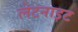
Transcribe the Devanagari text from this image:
लेटनाइट